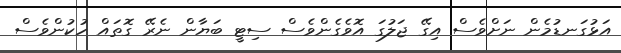
އަޅުގަނޑުމެން ނަށްވެސް އިގޭ ޖަލުގަ އޮވެގެންވެސް ސިޓީ ބަޔާން ނެރޭ ގޮތައް ހުކުންވެސް